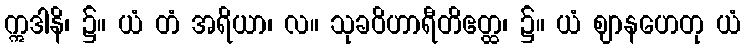
ဣဒါနိ၊ ၌။ ယံ တံ အရိယာ၊ လ။ သုခဝိဟာရီတိဧတ္ထ၊ ၌။ ယံ ဈာနဟေတု ယံ